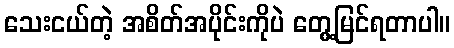
သေးငယ်တဲ့ အစိတ်အပိုင်းကိုပဲ တွေ့မြင်ရတာပါ။